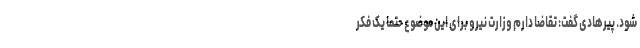
شود. پیرهادی گفت: تقاضا دارم وزارت نیرو برای این موضوع حتما یک فکر